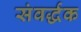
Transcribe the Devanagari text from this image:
संवर्द्धक